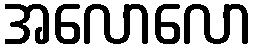
အလောလော